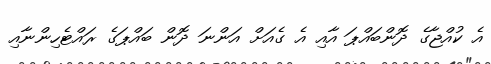
އެ ކުއްޖާގެ ދޮންބައްޕަ އާއި އެ ގެއަށް އަންނަ ދޮން ބައްޕަގެ ރައްޓެހިންނާއި